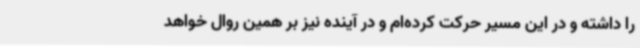
را داشته و در این مسیر حرکت کرده‌ام و در آینده نیز بر همین روال خواهد